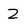
Character: 2